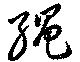
縄